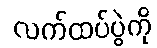
လက်ထပ်ပွဲကို